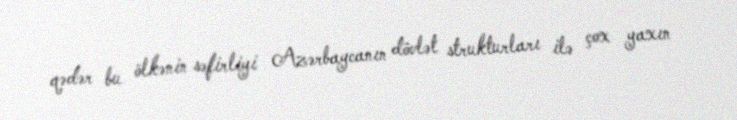
qədər bu ölkənin səfirliyi Azərbaycanın dövlət strukturları ilə çox yaxın